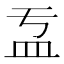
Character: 𥁄